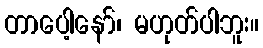
တာပေါ့နော်၊ မဟုတ်ပါဘူး။